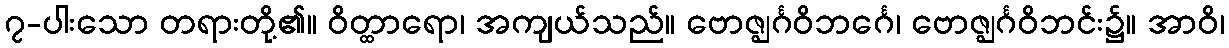
၇-ပါးသော တရားတို့၏။ ဝိတ္ထာရော၊ အကျယ်သည်။ ဗောဇ္ဈင်္ဂဝိဘင်္ဂေ၊ ဗောဇ္ဈင်္ဂဝိဘင်း၌။ အာဝိ၊